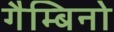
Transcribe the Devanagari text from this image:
गैम्बिनो